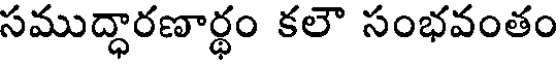
సముద్ధారణార్ధం కలౌ సంభవంతం